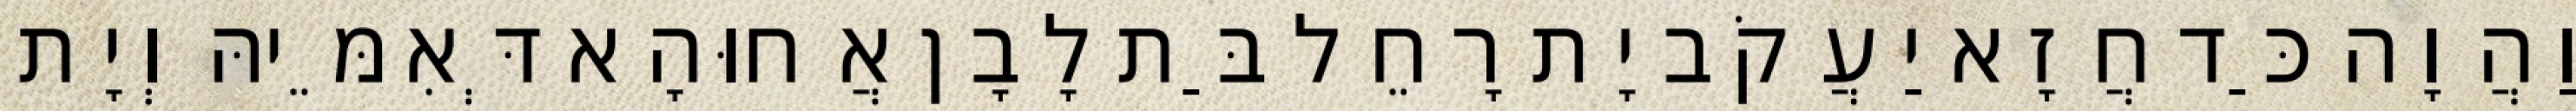
וַהֲוָה כַּד חֲזָא יַעֲקֹב יָת רָחֵל בַּת לָבָן אֲחוּהָא דְּאִמֵּיהּ וְיָת